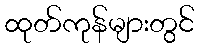
ထုတ်ကုန်များတွင်